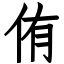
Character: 侑